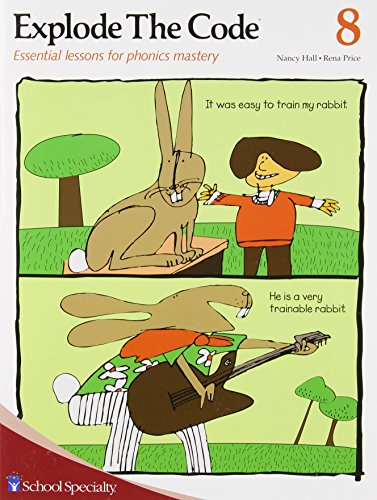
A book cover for Explode the Code/Book Eight; Nancy Hall; Reference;